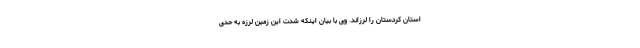
استان کردستان را لرزاند. وی با بیان اینکه شدت این زمین لرزه به حدی